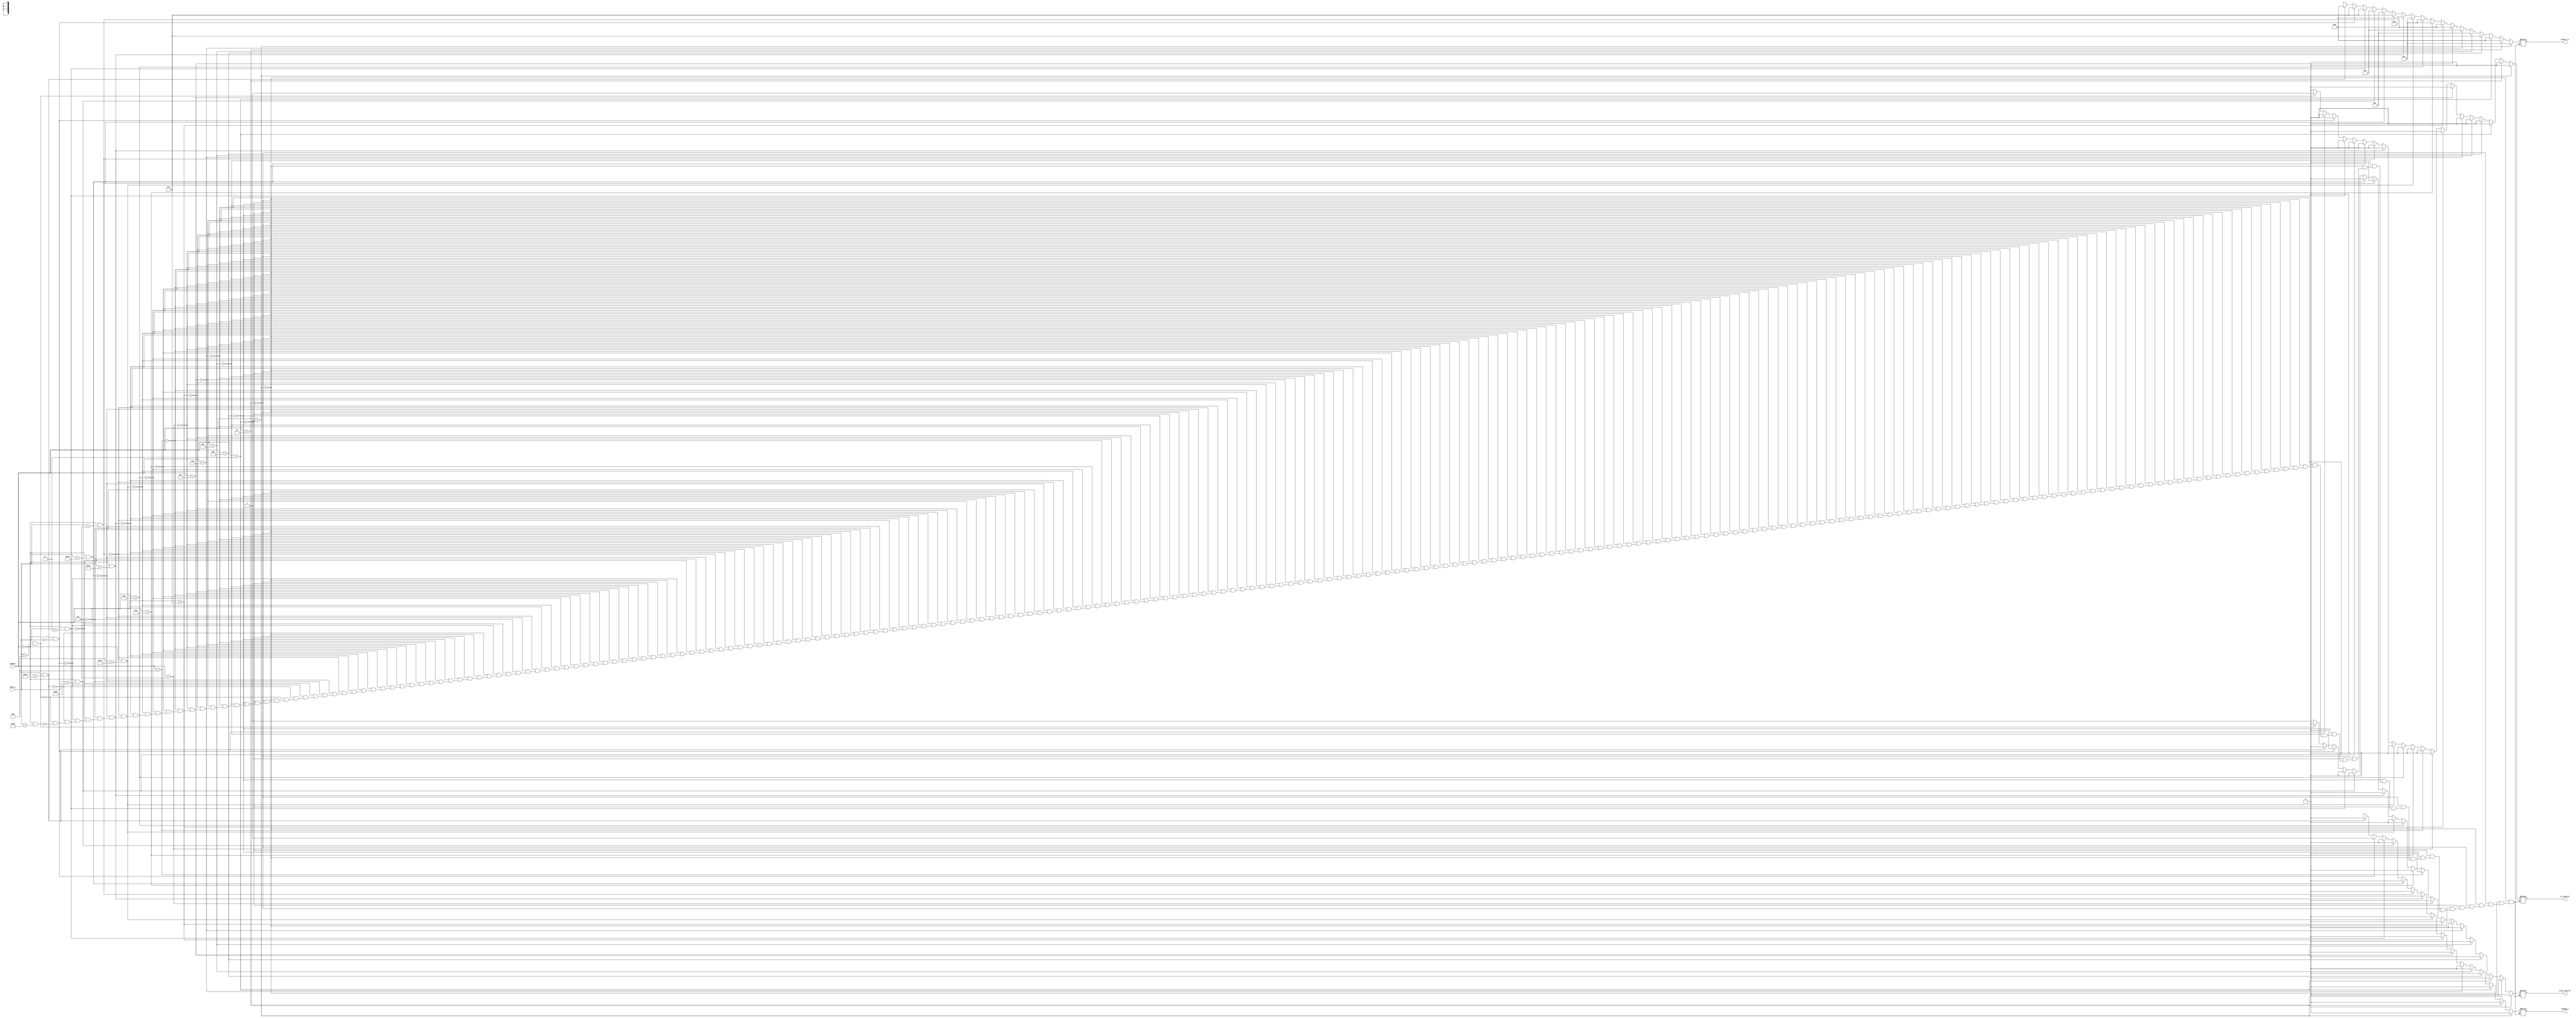

module ALU_Ctrl(
        funct_i,
        ALUOp_i,
        ALUCtrl_o,
        change_o,
        jr_control,
        cross_control
        );

//I/O ports
input      [6-1:0] funct_i;
input      [4-1:0] ALUOp_i;

output     [4-1:0] ALUCtrl_o;
output			   change_o;
output			   jr_control;
output			   cross_control;

//Internal Signals
reg        [4-1:0] ALUCtrl_o;
reg			   	   change_o;
reg 			   jr_control;
reg			   	   cross_control;

//Select exact operation
always @(*) begin
	if(ALUOp_i==4'b0001)begin           //addi
			ALUCtrl_o=4'b0010;
			change_o=1'b0;
			jr_control=1'b0;
			cross_control=1'b0;
	end else if(ALUOp_i==4'b0010)begin  //beq
			ALUCtrl_o=4'b0110;
			change_o=1'b0;
			jr_control=1'b0;
			cross_control=1'b0;
	end else if(ALUOp_i==4'b0011)begin  //bne
			ALUCtrl_o=4'b0110;
			change_o=1'b0;
			jr_control=1'b0;
			cross_control=1'b0;
	end else if(ALUOp_i==4'b0100)begin  //lui
			ALUCtrl_o=4'b1111;
			change_o=1'b0;
			jr_control=1'b0;
			cross_control=1'b0;
	end else if(ALUOp_i==4'b0101)begin  //ori
			ALUCtrl_o=4'b0001;
			change_o=1'b0;
			jr_control=1'b0;
			cross_control=1'b0;
	end else if(ALUOp_i==4'b0110)begin  //sltiu
			ALUCtrl_o=4'b0111;
			change_o=1'b0;
			jr_control=1'b0;
			cross_control=1'b0;
	end else if(ALUOp_i==4'b1110)begin   //blez
			ALUCtrl_o=4'b0110;
			change_o=1'b0;
			jr_control=1'b0;
			cross_control=1'b0;
	end else if(ALUOp_i==4'b1111)begin   //bgtz
			ALUCtrl_o=4'b0110;
			change_o=1'b0;
			jr_control=1'b0;
			cross_control=1'b0;
	end else if(ALUOp_i==4'b0111)begin   //jump
			ALUCtrl_o=4'bxxxx;
			change_o=1'bx;
			jr_control=1'b0;
			cross_control=1'b0;
	end else if(ALUOp_i==4'b1000)begin   //jal
			ALUCtrl_o=4'bxxxx;
			change_o=1'bx;
			jr_control=1'b0;
			cross_control=1'b0;
	end else if(ALUOp_i==4'b1010)begin   //lw
			ALUCtrl_o=4'b0010;
			change_o=1'bx;
			jr_control=1'b0;
			cross_control=1'b0;
	end else if(ALUOp_i==4'b1011)begin   //sw
			ALUCtrl_o=4'b0010;
			change_o=1'bx;
			jr_control=1'b0;
			cross_control=1'b0;
	end else if(ALUOp_i==4'b0000 && funct_i==6'b100001)begin  //addu
			ALUCtrl_o=4'b0010;
			change_o=1'b0;
			jr_control=1'b0;
			cross_control=1'b0;
	end else if(ALUOp_i==4'b0000 && funct_i==6'b100100)begin  //and
			ALUCtrl_o=4'b0000;
			change_o=1'b0;
			jr_control=1'b0;
			cross_control=1'b0;
	end else if(ALUOp_i==4'b0000 && funct_i==6'b000111)begin  //srav
			ALUCtrl_o=4'b1111;
			change_o=1'b0;
			jr_control=1'b0;
			cross_control=1'b0;
	end else if(ALUOp_i==4'b0000 && funct_i==6'b100101)begin  //or
			ALUCtrl_o=4'b0001;
			change_o=1'b0;
			jr_control=1'b0;
			cross_control=1'b0;
	end else if(ALUOp_i==4'b0000 && funct_i==6'b101010)begin  //slt
			ALUCtrl_o=4'b0111;
			change_o=1'b0;
			jr_control=1'b0;
			cross_control=1'b0;
	end else if(ALUOp_i==4'b0000 && funct_i==6'b000011)begin  //sra
			ALUCtrl_o=4'b1111;
			change_o=1'b0;
			jr_control=1'b0;
			cross_control=1'b0;
	end else if(ALUOp_i==4'b0000 && funct_i==6'b000000)begin  //sll
			ALUCtrl_o=4'b1111;
			change_o=1'b1;
			jr_control=1'b0;
			cross_control=1'b0;
	end else if(ALUOp_i==4'b0000 && funct_i==6'b100011)begin  //subu
			ALUCtrl_o=4'b0110;
			change_o=1'b0;
			jr_control=1'b0;
			cross_control=1'b0;
	end else if(ALUOp_i==4'b0000 && funct_i==6'b001000)begin  //jr
			ALUCtrl_o=4'bxxxx;
			change_o=1'bx;
			jr_control=1'b1;
			cross_control=1'b0;
	end else if(ALUOp_i==4'b0000 && funct_i==6'b011000)begin  //mul
			ALUCtrl_o=4'bxxxx;
			change_o=1'bx;
			jr_control=1'b0;
			cross_control=1'b1;
	end
end


endmodule